Lunatic asylums in Bengal annual reports 1899-1911 - 1899-1911
Year: 1899
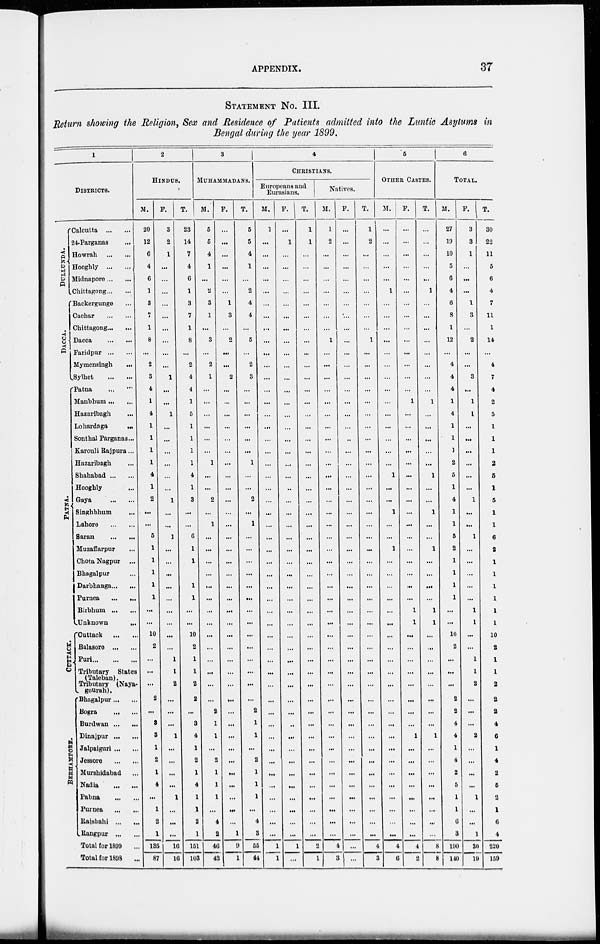
APPENDIX.
37
STATEMENT NO. III.
Return showing the Religion, Sex and Residence of Patients admitted into the Lunatic Asylums in
Bengal during the year 1899.
1
DISTRICTS.
DULLUNDA.
DACCA.
PATNA.
CUTTACK.
BERHMPORE.
Calcutta
...
...
24-Parganas ...
Howrah
...
...
Hooghly
...
...
Midnapore ... ...
Chittagong ... ...
Backergunge ...
Cachar
...
...
Chittagong ... ...
Dacca
...
...
Faridpur
...
...
Mymensingh
...
Sylhet
...
...
Patna ... ...
Manbhum ... ...
Hazaribagh ...
Lohardaga
...
Sonthal Parganas...
Karouli Rajpura...
Hazaribagh ...
Shahabad ... ...
Hooghly ...
Gaya
...
...
Singhbhum ...
Lahore
...
...
Saran ... ...
Muzaffarpur ...
Chota Nagpur ...
Bhagalpur ...
Darbhanga ... ...
Purnea
...
...
Birbhum
...
...
Unknown
...
Cuttack
...
...
Balasore
...
...
Puri ... ... ...
Tributary States
(Taleban).
Tributary (Naya-
gourah).
Bhagalpur ... ...
Bogra
...
...
Burdwan ... ...
Dinajpur ... ...
Jalpaiguri ... ...
Jessore
...
...
Murshidabad ...
Nadia
...
...
Pabna
...
...
Purnea
...
...
Rajshahi ... ...
Rangpur
Total for 1899 ...
Total for 1898 ...
2
HINDUS.
M.
20
12
6
4
6
1
3
7
1
8
...
2
3
4
1
4
1
1
1
1
4
1
2
...
...
5
1
1
1
1
1
...
...
10
2
...
...
...
2
...
3
3
1
2
1
4
...
1
2
1
136
87
F.
3
2
1
...
...
...
...
...
...
...
...
...
1
...
...
1
...
...
...
...
...
...
1
...
...
1
...
...
...
...
...
...
...
...
...
1
1
2
...
...
...
1
...
...
...
...
1
...
...
...
16
16
T.
23
14
7
4
6
1
3
7
1
8
...
2
4
4
1
5
1
1
1
1
4
1
3
...
...
6
1
1
1
1
1
...
...
10
2
1
1
2
2
...
3
4
1
2
1
4
1
1
2
1
151
103
3
MUHAMMADANS.
M.
5
5
4
1
...
2
3
1
...
3
...
2
1
...
...
...
...
...
...
1
...
...
2
...
1
...
...
...
...
...
...
...
...
...
...
...
...
...
...
2
1
1
...
2
1
1
1
...
4
2
46
43
F.
...
...
...
...
...
...
1
3
...
2
...
...
2
...
...
...
...
...
...
...
...
...
...
...
...
...
...
...
...
...
...
...
...
...
...
...
...
...
...
...
...
...
...
...
...
...
...
...
...
1
9
1
T.
5
5
4
1
...
2
4
4
...
5
...
2
3
...
...
...
...
...
...
1
...
...
2
...
1
...
...
...
...
...
...
...
...
...
...
...
...
...
...
2
1
1
...
2
1
1
1
...
4
3
55
44
4
CHRISTIANS.
Europeans and
Eurasians.
M.
1
...
...
...
...
...
...
...
...
...
...
...
...
...
...
...
...
...
...
...
...
...
...
...
...
...
...
...
...
...
...
...
...
...
...
...
...
...
...
...
...
...
...
...
...
...
...
...
...
...
1
1
F.
...
1
...
...
...
...
...
...
...
...
...
...
...
...
...
...
...
...
...
...
...
..
...
...
...
...
...
...
...
...
...
...
...
...
...
...
...
...
...
..
...
...
...
...
...
...
...
...
...
1
...
T.
1
1
...
...
...
...
...
...
...
...
...
...
...
...
...
...
...
...
...
...
...
...
...
...
...
...
...
...
...
...
...
...
...
...
...
...
...
...
...
...
...
...
...
...
...
...
...
...
...
...
2
1
Natives.
M.
1
2
...
...
...
...
...
...
...
1
...
...
...
...
...
...
...
...
...
...
...
...
...
...
...
...
...
...
...
...
...
...
...
...
...
...
...
...
...
...
...
...
...
...
...
...
...
...
...
...
4
3
F.
...
...
...
...
...
...
...
...
...
...
...
...
...
...
...
...
...
...
...
...
...
...
...
...
...
...
...
...
...
...
...
...
...
...
...
...
...
...
...
...
...
...
...
...
...
...
...
...
...
...
...
...
T.
1
2
...
...
...
...
...
...
...
1
...
...
...
...
...
...
...
...
...
...
...
...
...
...
...
...
...
...
...
...
...
...
...
...
...
...
...
...
...
...
...
...
...
...
...
...
...
...
...
...
4
3
5
OTHER CASTES.
M.
...
...
...
...
...
1
...
...
...
...
...
...
...
...
...
...
...
...
...
...
1
...
...
1
...
...
1
...
...
...
...
...
...
...
...
...
...
...
...
...
...
...
...
...
...
...
...
...
...
...
4
6
F.
...
...
...
...
...
...
...
...
...
...
...
...
...
...
1
...
...
...
...
...
...
...
...
...
...
...
...
...
...
...
...
1
1
...
...
...
...
...
...
...
...
1
...
...
...
...
...
...
...
...
4
2
T.
...
...
...
...
...
1
...
...
...
...
...
...
...
...
1
...
...
...
...
...
1
...
...
1
...
...
1
...
...
...
...
1
1
...
...
...
...
...
...
...
...
1
...
...
...
...
...
...
...
...
8
8
6
TOTAL.
M.
27
19
10
5
6
4
6
8
1
12
...
4
4
4
1
4
1
1
1
2
5
1
4
1
1
5
2
1
1
1
1
...
...
10
2
...
...
...
2
2
4
4
1
4
2
5
1
1
6
3
190
140
F.
3
3
1
...
...
...
1
3
...
2
...
...
3
...
1
1
...
...
...
...
...
...
1
...
...
1
...
...
...
...
...
1
1
...
...
1
1
2
...
...
...
2
...
...
...
...
1
...
...
1
30
19
T.
30
22
11
5
6
4
7
11
1
14
...
4
7
4
2
5
1
1
1
2
5
1
5
1
1
6
2
1
1
1
1
1
1
10
2
1
1
2
2
2
4
6
1
4
2
5
2
1
6
4
220
159